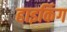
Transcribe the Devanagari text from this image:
हाइकिंग